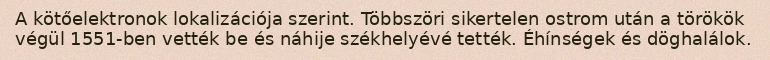
A kötőelektronok lokalizációja szerint. Többszöri sikertelen ostrom után a törökök végül 1551-ben vették be és náhije székhelyévé tették. Éhínségek és döghalálok.